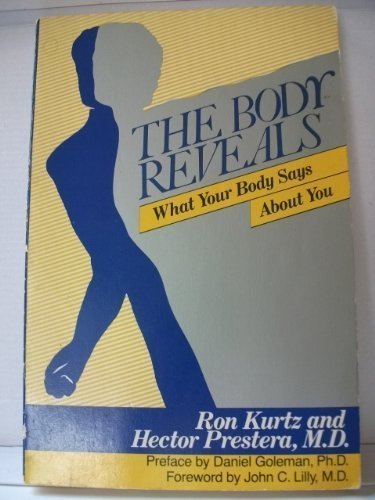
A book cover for The Body Reveals What your Body Says About You; Ron Kurtz; Parenting & Relationships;